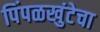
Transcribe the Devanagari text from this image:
पिंपळखुंटेचा